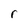
Character: r